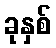
ခုနှစ်